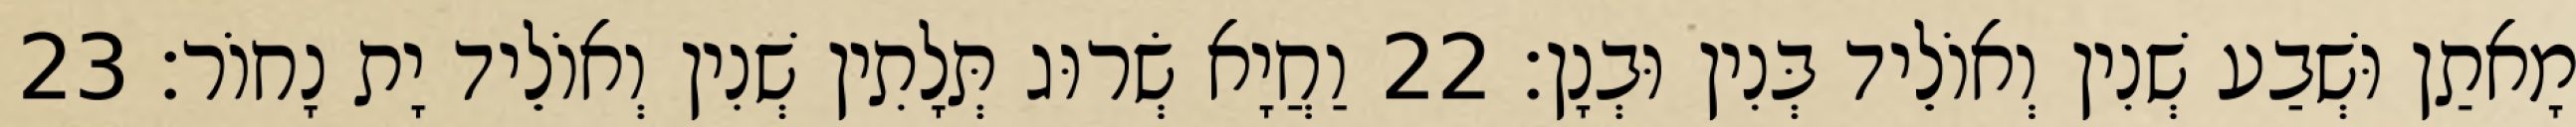
מָאתַן וּשְׁבַע שְׁנִין וְאוֹלֵיד בְּנִין וּבְנָן׃ 22 וַחֲיָא שְׂרוּג תְּלָתִין שְׁנִין וְאוֹלֵיד יָת נָחוֹר׃ 23